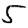
Digit: 5